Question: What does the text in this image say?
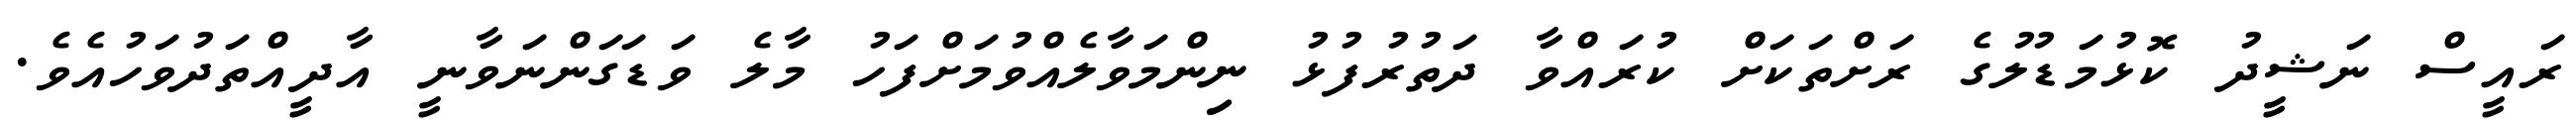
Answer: ރައީސް ނަޝީދު ކޮޅުމަޑުލުގެ ރަށްތަކަށް ކުރައްވާ ދަތުރުފުޅު ނިންމަވާލެއްވުމަށްފަހު މާލެ ވަޑަގަންނަވާނީ އާދީއްތަދުވަހުއެވެ.